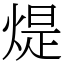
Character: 煶